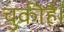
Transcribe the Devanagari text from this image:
चुकीहै।